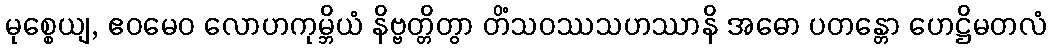
မုစ္စေယျ, ဧဝမေဝ လောဟကုမ္ဘိယံ နိဗ္ဗတ္တိတွာ တိံသဝဿသဟဿာနိ အဓော ပတန္တော ဟေဋ္ဌိမတလံ